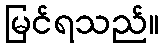
မြင်ရသည်။